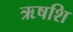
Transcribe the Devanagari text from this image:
ऋषशि